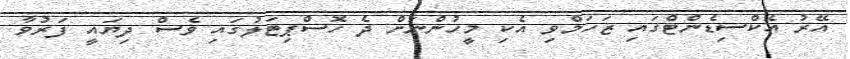
އޭރު އެކްސިޑެންޓްގައި ޒަހަމްވި އެކި މީހުންނަށް ދެ ހޮސްޕިޓަލުގައި ވެސް ދިޔައީ ފަރުވާ